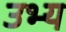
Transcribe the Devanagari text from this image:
उभ्य